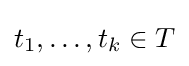
t_{1},\dots ,t_{k}\in T